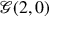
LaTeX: { \mathcal { G } } ( 2 , 0 )